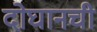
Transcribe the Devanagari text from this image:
दोघानची